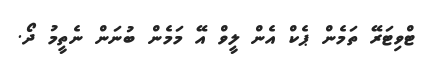
ޓްވިޓަރޭ ތަމެން ޕެކް އެން ލީވް އޭ މަމެން ބުނަން ނެތީމު ދޯ.